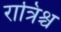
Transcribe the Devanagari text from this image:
रात्रिश्च